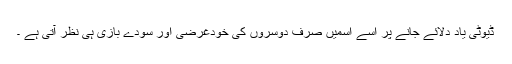
ڈیوٹی یاد دلائے جانے پر اسے اسمیں صرف دوسروں کی خودغرضی اور سودے بازی ہی نظر آتی ہے ۔